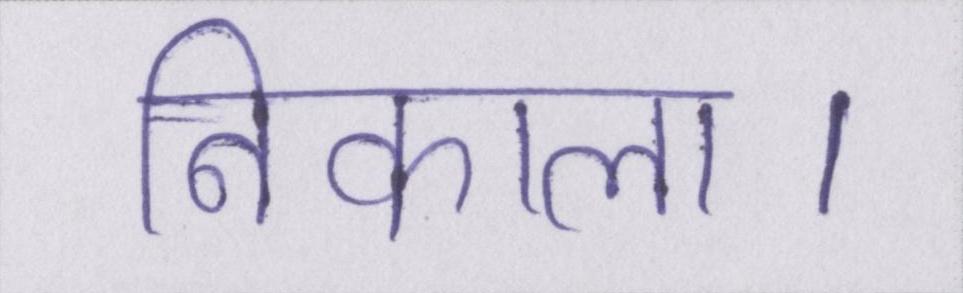
निकाला।